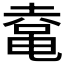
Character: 𱋾